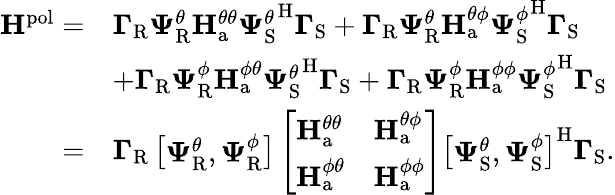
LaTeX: \begin{array}{rl}{\mathbf{H}^{\mathrm{pol}}=}&{\boldsymbol{\Gamma}_{\mathrm{R}}\boldsymbol{\Psi}_{\mathrm{R}}^{\theta}{\mathbf{H}}_{\mathrm{a}}^{\theta\theta}{\boldsymbol{\Psi}_{\mathrm{S}}^{\theta}}^{\mathrm{H}}\boldsymbol{\Gamma}_{\mathrm{S}}+\boldsymbol{\Gamma}_{\mathrm{R}}\boldsymbol{\Psi}_{\mathrm{R}}^{\theta}{\mathbf{H}}_{\mathrm{a}}^{\theta\phi}{\boldsymbol{\Psi}_{\mathrm{S}}^{\phi}}^{\mathrm{H}}\boldsymbol{\Gamma}_{\mathrm{S}}}\\ &{+\boldsymbol{\Gamma}_{\mathrm{R}}\boldsymbol{\Psi}_{\mathrm{R}}^{\phi}{\mathbf{H}}_{\mathrm{a}}^{\phi\theta}{\boldsymbol{\Psi}_{\mathrm{S}}^{\theta}}^{\mathrm{H}}\boldsymbol{\Gamma}_{\mathrm{S}}+\boldsymbol{\Gamma}_{\mathrm{R}}\boldsymbol{\Psi}_{\mathrm{R}}^{\phi}{\mathbf{H}}_{\mathrm{a}}^{\phi\phi}{\boldsymbol{\Psi}_{\mathrm{S}}^{\phi}}^{\mathrm{H}}\boldsymbol{\Gamma}_{\mathrm{S}}}\\ {=}&{\boldsymbol{\Gamma}_{\mathrm{R}}\left[\begin{array}{l}{\boldsymbol{\Psi}_{\mathrm{R}}^{\theta},\boldsymbol{\Psi}_{\mathrm{R}}^{\phi}}\end{array}\right]\left[\begin{array}{ll}{\mathbf{H}_{\mathrm{a}}^{\theta\theta}}&{\mathbf{H}_{\mathrm{a}}^{\theta\phi}}\\ {\mathbf{H}_{\mathrm{a}}^{\phi\theta}}&{\mathbf{H}_{\mathrm{a}}^{\phi\phi}}\end{array}\right]\left[\begin{array}{l}{\boldsymbol{\Psi}_{\mathrm{S}}^{\theta},\boldsymbol{\Psi}_{\mathrm{S}}^{\phi}}\end{array}\right]^{\mathrm{H}}\boldsymbol{\Gamma}_{\mathrm{S}}.}\end{array}